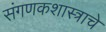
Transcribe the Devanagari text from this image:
संगणकशास्त्राचे